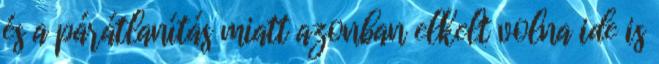
és a párátlanítás miatt azonban elkelt volna ide is